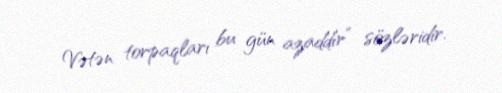
Vətən torpaqları bu gün azaddır” sözləridir.